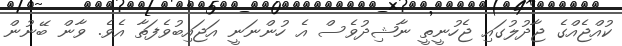
ކުއްޖެއްގެ ޖާދުލުގައި ޖެހުނީތީ ނާޝިދުވެސް އެ ހުންނަނީ އަޖައިބުވެފަތާ އެވެ. ވާން ބޭނުން